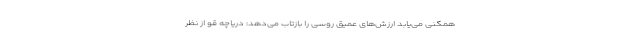
همگنی می‌یابد ارزش‌های عمیق روسی را بازتاب می‌دهد: دریاچه قو از نظر